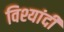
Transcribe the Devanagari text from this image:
विश्यांदी